Insane asylums in Bengal annual reports 1867-1875 - 1867-1875
Year: 1867
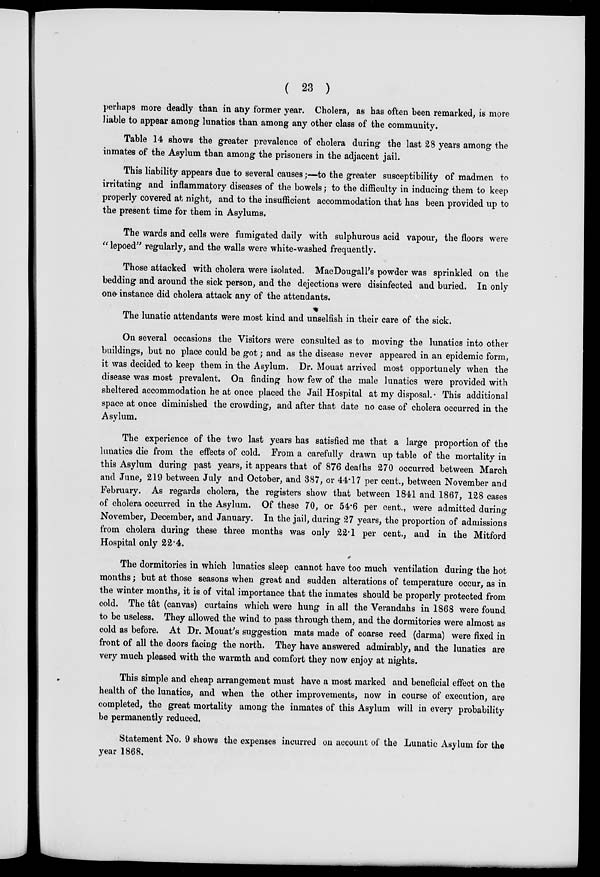
( 23 )
perhaps more deadly than in any former year. Cholera, as has often been remarked, is more
liable to appear among lunatics than among any other class of the community.
Table 14 shows the greater prevalence of cholera during the last 28 years among the
inmates of the Asylum than among the prisoners in the adjacent jail.
This liability appears due to several causes;—to the greater susceptibility of madmen to
irritating and inflammatory diseases of the bowels; to the difficulty in inducing them to keep
properly covered at night, and to the insufficient accommodation that has been provided up to
the present time for them in Asylums.
The wards and cells were fumigated daily with sulphurous acid vapour, the floors were
" lepoed" regularly, and the walls were white-washed frequently.
Those attacked with cholera were isolated. MacDougall's powder was sprinkled on the
bedding and around the sick person, and the dejections were disinfected and buried. In only
one instance did cholera attack any of the attendants.
The lunatic attendants were most kind and unselfish in their care of the sick.
On several occasions the Visitors were consulted as to moving the lunatics into other
buildings, but no place could be got; and as the disease never appeared in an epidemic form,
it was decided to keep them in the Asylum. Dr. Mouat arrived most opportunely when the
disease was most prevalent. On finding how few of the male lunatics were provided with
sheltered accommodation he at once placed the Jail Hospital at my disposal. This additional
space at once diminished the crowding, and after that date no case of cholera occurred in the
Asylum.
The experience of the two last years has satisfied me that a large proportion of the
lunatics die from the effects of cold. From a carefully drawn up table of the mortality in
this Asylum during past years, it appears that of 876 deaths 270 occurred between March
and June, 219 between July and October, and 387, or 44.17 per cent., between November and
February. As regards cholera, the registers show that between 1841 and 1867, 128 cases
of cholera occurred in the Asylum. Of these 70, or 54.6 per cent., were admitted during
November, December, and January. In the jail, during 27 years, the proportion of admissions
from cholera during these three months was only 22.1 per cent., and in the Mitford
Hospital only 22.4.
The dormitories in which lunatics sleep cannot have too much ventilation during the hot
months; but at those seasons when great and sudden alterations of temperature occur, as in
the winter months, it is of vital importance that the inmates should be properly protected from
cold. The tât (canvas) curtains which were hung in all the Verandahs in 1868 were found
to be useless. They allowed the wind to pass through them, and the dormitories were almost as
cold as before. At Dr. Mouat's suggestion mats made of coarse reed (darma) were fixed in
front of all the doors facing the north. They have answered admirably, and the lunatics are
very much pleased with the warmth and comfort they now enjoy at nights.
This simple and cheap arrangement must have a most marked and beneficial effect on the
health of the lunatics, and when the other improvements, now in course of execution, are
completed, the great mortality among the inmates of this Asylum will in every probability
be permanently reduced.
Statement No. 9 shows the expenses incurred on account of the Lunatic Asylum for the
year 1868.